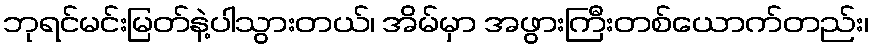
ဘုရင်မင်းမြတ်နဲ့ပါသွားတယ်၊ အိမ်မှာ အဖွားကြီးတစ်ယောက်တည်း၊